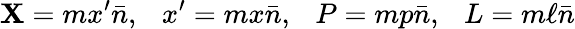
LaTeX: \mathbf{X}=mx^{\prime}\bar{{n}},~~~x^{\prime}=mx\bar{{n}},~~~P=mp\bar{{n}},~~~L=m\ell\bar{{n}}